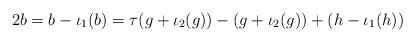
LaTeX: \begin{align*}2b= b-\iota_1(b) = \tau(g + \iota_2(g)) - (g + \iota_2(g)) + (h - \iota_1(h))\end{align*}